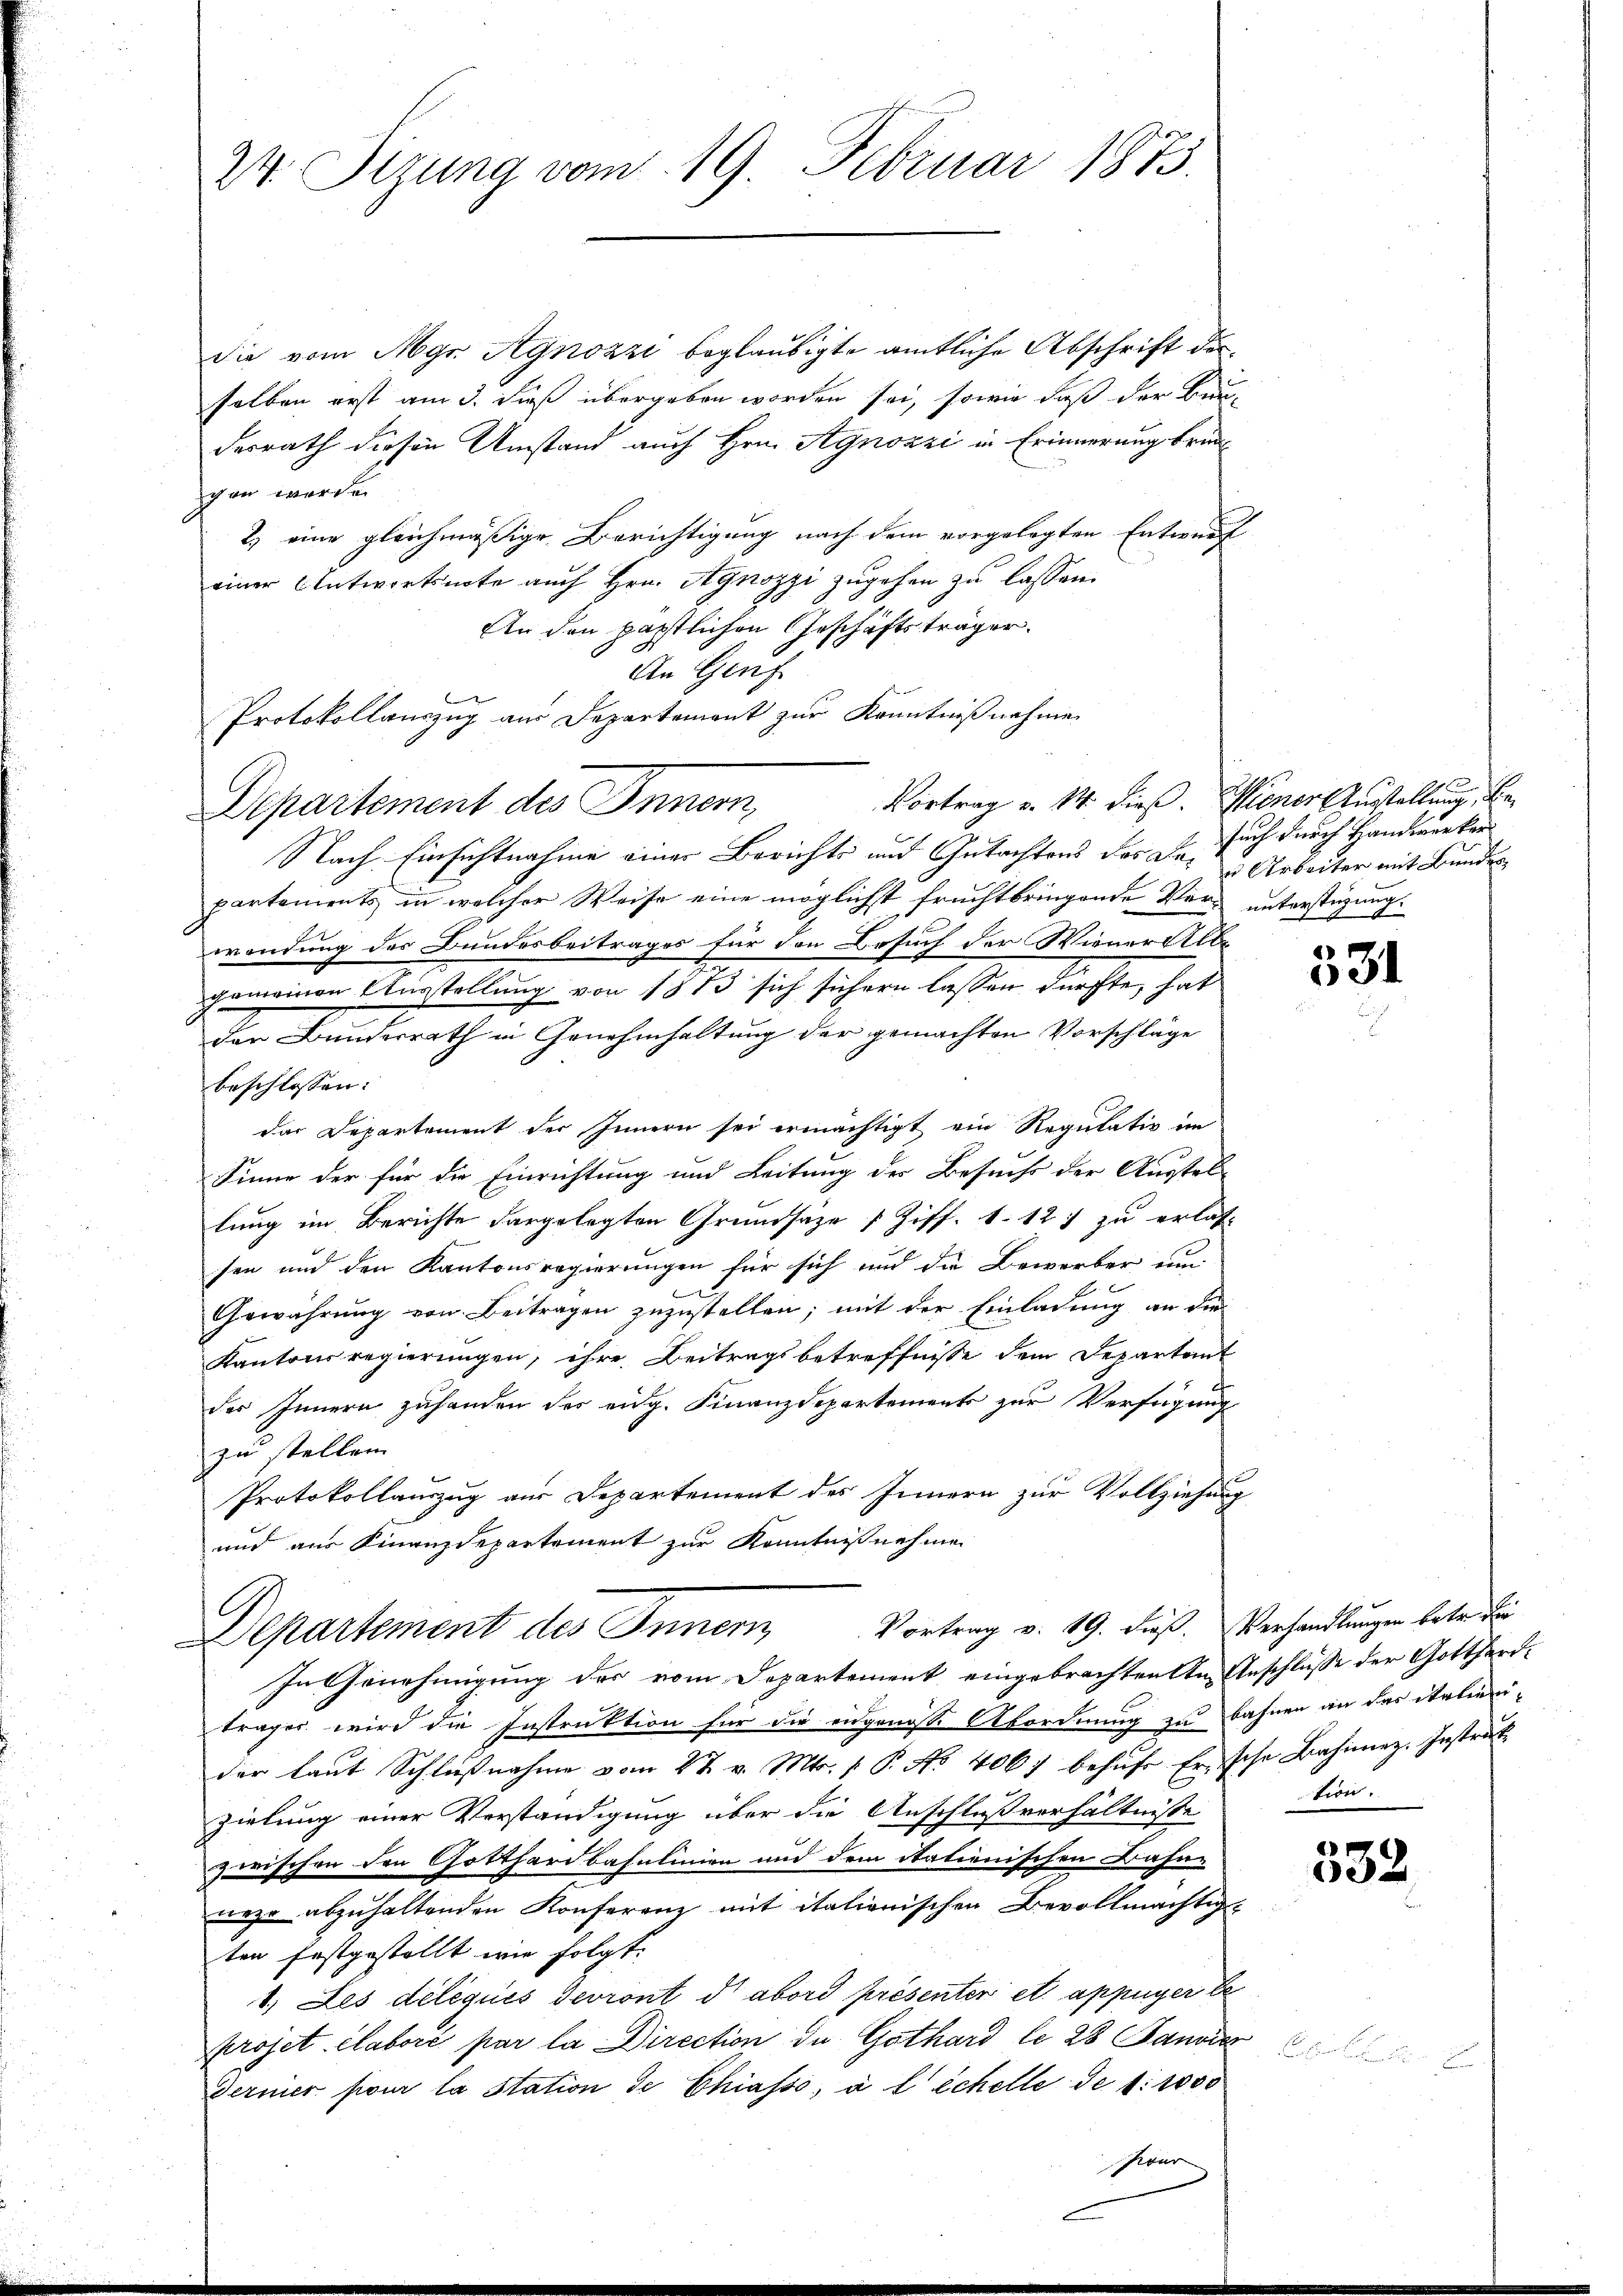
die vom Mgr Agnozzi beglaubigte amtliche Abschrift derselben erst am 3. dieß übergeben worden sei, sowie daß der Beidesrath diesen Umstand auch Hrn. Agnozzi in Erinnerung brau
gen werde.
2.) eine gleichmäßige Berichtigung nach dem vorgelegten Entwurf
einer Antwortsnote auch Hrn. Agnozzi zŭgehen zŭ lassen.
An den päpstlichen Geschäftsträger.
An Genf
Protokollauszug aus Departement zur Kenntnißnahme.
Departement des Innern,
Nach Einsichtnahme einer Berichts und Gutachtens der Dr. such durch Handwerker
partements in welcher Weise eine möglichst fruchtbringende Vers unterstüzungwendung des Bundesbeitrages für den Besuch der Wiener Albe
gemeinen Ausstellung von 1873 sich sichern lassen dürfte, hat
den Bundesrath in Genehmhaltung der gemachten Vorschläge
beschlossen:
der Departement der Innern sei ermächtigt ein Regulativ im
Sinne der für die Einrichtung und Leitung des Besuchs der Ausstel-
lung im Berichte dargelegten Grundsaze 1 Ziff. 1. 127 zu erlas-
sen und den Kantonsregierungen für sich und die Bewerber um
Gewährung von Beitragen zuzustellen; mit der Einladung an die
Kantonsregierungen, ihre Beitragsbetreffnisse dem Departant
des Innern zuhanden des eidg. Finanzdepartements zur Verfügung
zu stellen.
Protokollauszug aus Departement des Innern zur Vollziehung
und aus Finanzdepartement zur Kenntnisnehmen

24. Sizung vom 19. Februar 1873.

Vortrag v. 14. dieß. Wiener Ausstellung, be¬

G
Vortrag v. 19. dieß.
Departement des Innern

In Genehmigung des vom Departement eingebrachten in Anschlüsse der Gotthard-
träger wird die Instruktion für die eidgenosse Abordnung zu bahnen an der italieni-
der laut Schlŭβnahme vom 27. v. Mts. f. P. No. 4067 behŭfs Ersche Bahnarz. Instruk
zielung einer Verständigung über die Anschlußverhältnisse
zwischen den Gotthardbahnlinien und dem Stationischen Bahn-
neze abzuhaltenden Konferenz mit italienischen Bevollmächtig
ten festgestellt wie folgt:
1. Les délégués devront d’abord présenter et appuyer be
projet élabori par la Direction de Gothard le 28 Janvie
Ferner pour la station de Chiasso, a l Schelle de 1:1000
Pour

u Arbeiter mit Bunden

531

Verhandlungen betr. die
tion.

e
602.